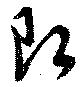
即